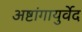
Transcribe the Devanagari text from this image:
अष्टांगायुर्वेद